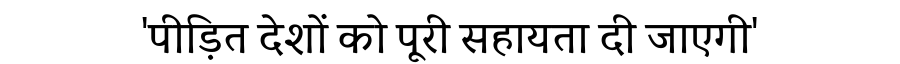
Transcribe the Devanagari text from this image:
'पीड़ित देशों को पूरी सहायता दी जाएगी'